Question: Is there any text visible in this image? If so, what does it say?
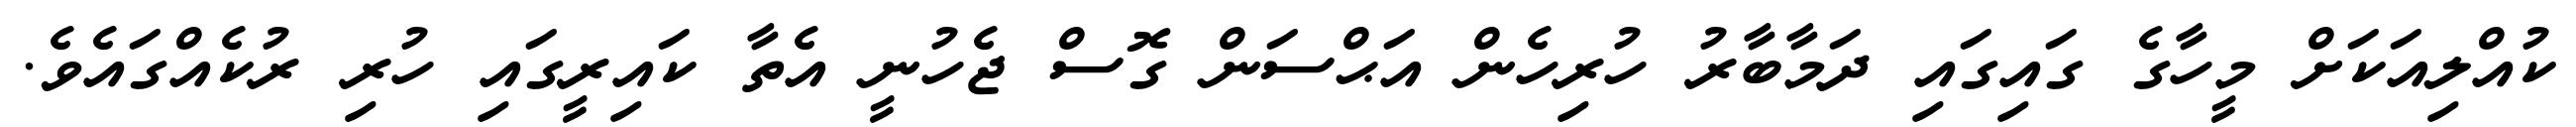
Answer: ކުއްލިއަކަށް މީހާގެ ގައިގައި ދަމާބާރު ހުރިހެން އަޙްސަން ގޮސް ޖެހުނީ އެތާ ކައިރީގައި ހުރި ރުކެއްގައެވެ.